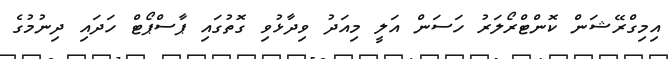
އިމިގްރޭޝަން ކޮންޓްރޯލަރު ހަސަން އަލީ މިއަދު ވިދާޅުވި ގޮތުގައި ޕާސްޕޯޓް ހަދައި ދިނުމުގެ